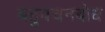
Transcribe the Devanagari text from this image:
बहुवचनबोध